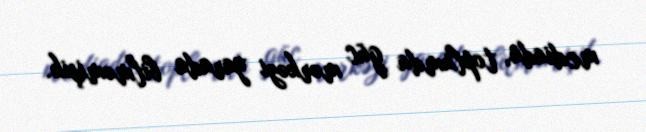
mediada, toplumda güc mərkəzi yarada bilməmişik.